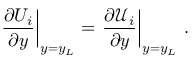
\left. \frac { \partial U _ { i } } { \partial y } \right\rvert _ { y = y _ { L } } = \left. \frac { \partial \mathcal { U } _ { i } } { \partial y } \right\rvert _ { y = y _ { L } } \, .